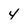
Character: 4